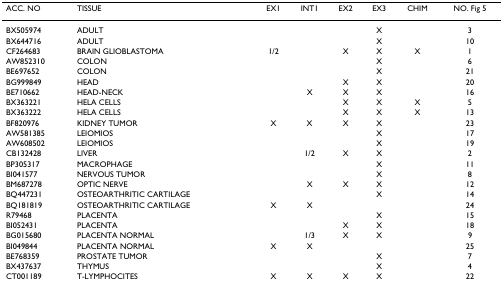
| ACC. NO | TISSUE | EX1 | INT1 | EX2 | EX3 | CHIM | NO. Fig 5 |
 | --- | --- | --- | --- | --- | --- | --- | --- |
 | BX505974 | ADULT |  |  |  | X |  | 3 |
 | BX644716 | ADULT |  |  |  | X |  | 10 |
 | CF264683 | BRAIN GLIOBLASTOMA | 1/2 |  | X | X | X | 1 |
 | AW852310 | COLON |  |  |  | X |  | 6 |
 | BE697652 | COLON |  |  |  | X |  | 21 |
 | BG999849 | HEAD |  |  | X | X |  | 20 |
 | BE710662 | HEAD-NECK |  | X | X | X |  | 16 |
 | BX363221 | HELA CELLS |  |  | X | X | X | 5 |
 | BX363222 | HELA CELLS |  |  | X | X | X | 13 |
 | BF820976 | KIDNEY TUMOR | X | X | X | X |  | 23 |
 | AW581385 | LEIOMIOS |  |  |  | X |  | 17 |
 | AW608502 | LEIOMIOS |  |  |  | X |  | 19 |
 | CB132428 | LIVER |  | 1/2 | X | X |  | 2 |
 | BP305317 | MACROPHAGE |  |  |  | X |  | 11 |
 | BI041577 | NERVOUS TUMOR |  |  |  | X |  | 8 |
 | BM687278 | OPTIC NERVE |  | X | X | X |  | 12 |
 | BQ447231 | OSTEOARTHRITIC CARTILAGE |  |  |  | X |  | 14 |
 | BQ181819 | OSTEOARTHRITIC CARTILAGE | X | X |  |  |  | 24 |
 | R79468 | PLACENTA |  |  |  | X |  | 15 |
 | BI052431 | PLACENTA |  |  | X | X |  | 18 |
 | BG015680 | PLACENTA NORMAL |  | 1/3 | X | X |  | 9 |
 | BI049844 | PLACENTA NORMAL | X | X |  |  |  | 25 |
 | BE768359 | PROSTATE TUMOR |  |  |  | X |  | 7 |
 | BX437637 | THYMUS |  |  |  | X |  | 4 |
 | CT001189 | T-LYMPHOCITES | X | X | X | X |  | 22 |